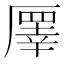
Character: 𠪯